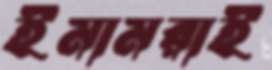
ইমামরাই